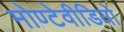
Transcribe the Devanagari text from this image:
मोण्टेवीडियो